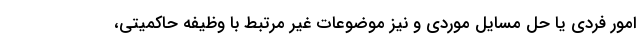
امور فردی یا حل مسایل موردی و نیز موضوعات غیر مرتبط با وظیفه حاکمیتی،